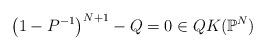
LaTeX: \begin{align*} \left(1 - P^{-1} \right)^{N+1} - Q = 0 \in QK(\mathbb{P}^N) \end{align*}